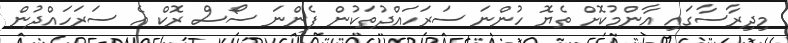
މިދިރާސާގައި އާންމުކޮށް ތެޔޮ ހުންނަ ސަރަހައްދުތަކުން ފެންނަ ސޯސް ރޮކް އެ ސަރަހައްދުން